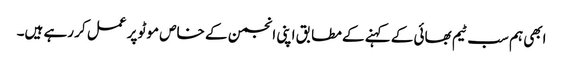
ابھی ہم سب ٹیم بھائی کے کہنے کے مطابق اپنی انجمن کے خاص موٹو پر عمل کر رہے ہیں۔